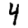
Digit: 4